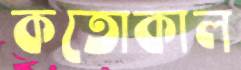
কতোকাল